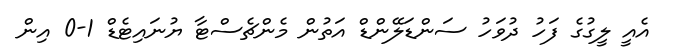
އެއީ ލީގުގެ ފަހު ދުވަހު ސަންޑަލޭންޑް އަތުން މެންޗެސްޓާ ޔުނައިޓެޑް 1-0 އިން